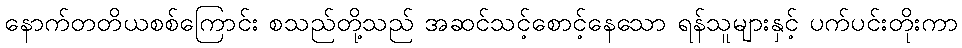
နောက်တတိယစစ်ကြောင်း စသည်တို့သည် အဆင်သင့်စောင့်နေသော ရန်သူများနှင့် ပက်ပင်းတိုးကာ